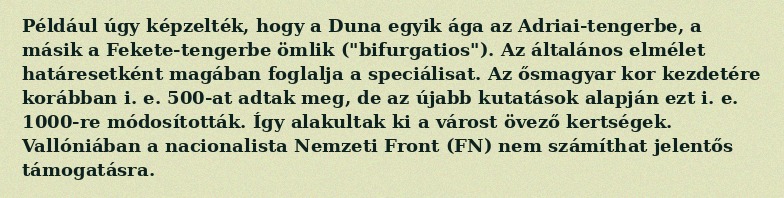
Például úgy képzelték, hogy a Duna egyik ága az Adriai-tengerbe, a másik a Fekete-tengerbe ömlik ("bifurgatios"). Az általános elmélet határesetként magában foglalja a speciálisat. Az ősmagyar kor kezdetére korábban i. e. 500-at adtak meg, de az újabb kutatások alapján ezt i. e. 1000-re módosították. Így alakultak ki a várost övező kertségek. Vallóniában a nacionalista Nemzeti Front (FN) nem számíthat jelentős támogatásra.